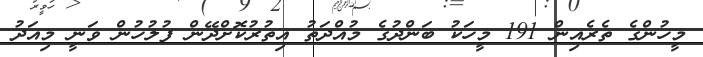
މީހުންގެ ތެރެއިން 191 މީހަކު ބަންދުގެ މުއްދަތު އިތުރުކޮށްދޭން ފުލުހުން ވަނީ މިއަދު